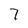
Character: 7